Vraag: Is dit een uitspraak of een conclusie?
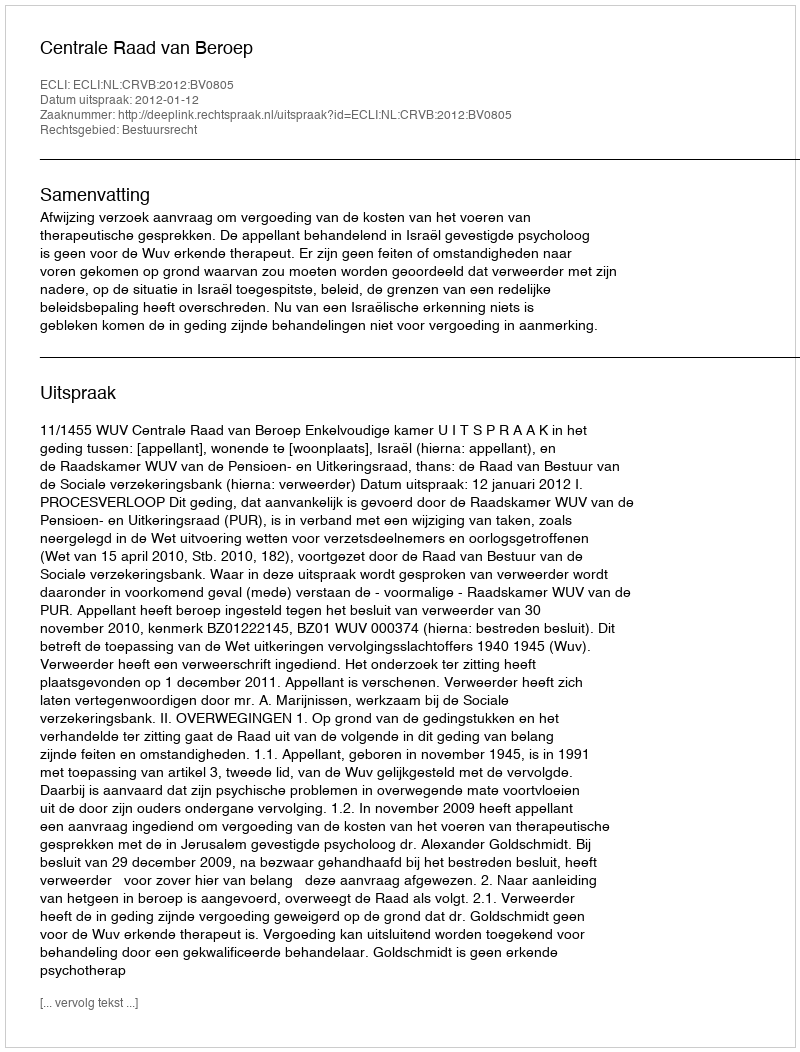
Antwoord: Uitspraak